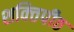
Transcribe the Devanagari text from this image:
शक्‍ितपीठ